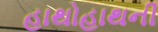
હાથોહાથની